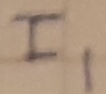
Text: II